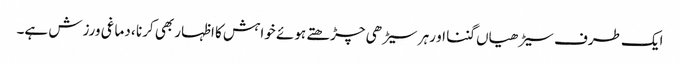
ایک طرف سیڑھیاں گننا او رہر سیڑھی چڑھتے ہوئے خواہش کا اظہار بھی کرنا ، دماغی ورزش ہے۔